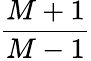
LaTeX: \frac{M+1}{M-1}